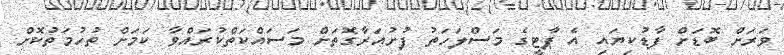
ވަރަށް ބޮޑަށް ފާޑުކިޔައި އެ ޕާޓީގެ މަސްލަހަތު ފުށުއަރާގޮތަށް މަސައްކަތްކުރައްވާ ކަމަށް ތުހުމަތުކޮށް